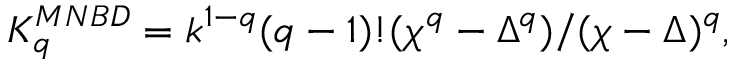
K _ { q } ^ { M N B D } = k ^ { 1 - q } ( q - 1 ) ! ( \chi ^ { q } - \Delta ^ { q } ) / ( \chi - \Delta ) ^ { q } ,